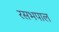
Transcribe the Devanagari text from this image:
रसभपाल